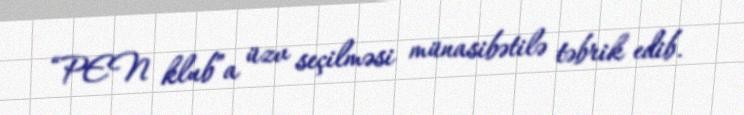
“PEN klub”a üzv seçilməsi münasibətilə təbrik edib.